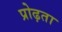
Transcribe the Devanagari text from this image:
प्रोढ़ता